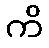
ကိ